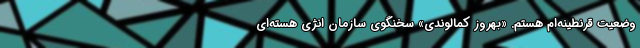
وضعیت قرنطینه‌ام هستم. «بهروز کمالوندی» سخنگوی سازمان انژی هسته‌ای